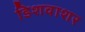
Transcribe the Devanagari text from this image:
डिशवाशर